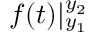
f ( t ) | _ { y _ { 1 } } ^ { y _ { 2 } }